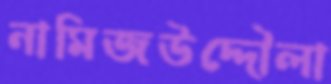
নামিজউদ্দৌলা